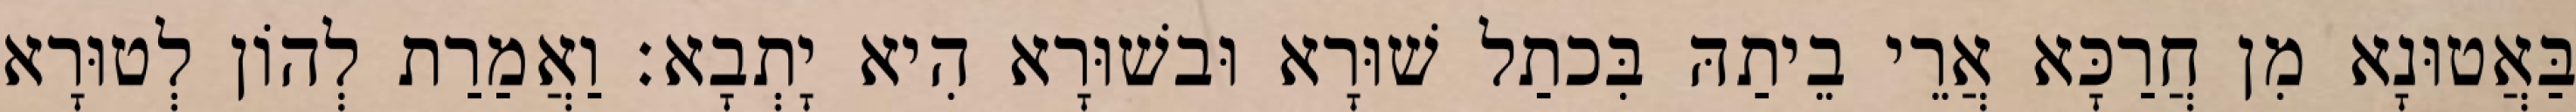
בַּאֲטוּנָא מִן חֲרַכָּא אֲרֵי בֵיתַהּ בִּכתַל שׁוּרָא וּבשׁוּרָא הִיא יָתְבָא׃ וַאֲמַרַת לְהוֹן לְטוּרָא